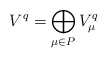
\begin{align*}V^q = \bigoplus\limits_{\mu\in P} V_\mu^q\end{align*}